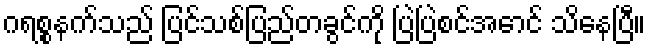
ဂရစ္စနက်သည် ပြင်သစ်ပြည်တခွင်ကို ပြဲပြဲစင်အောင် သိနေပြီ။